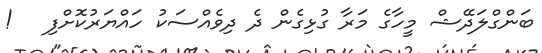
ބަންގްލަދޭޝް މީހާގެ މަރާ ގުޅިގެން ދެ ދިވެއްސަކު ހައްޔަރުކޮށްފި   !